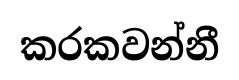
කරකවන්නී